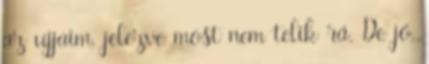
az ujjaim, jelezve most nem telik rá. De jó,